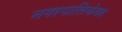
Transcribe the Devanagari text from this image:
नगरपालिकेवर